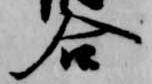
合